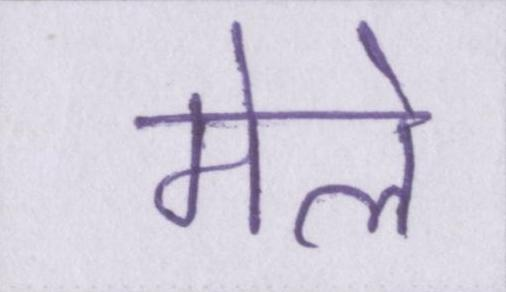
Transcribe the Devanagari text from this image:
मेले